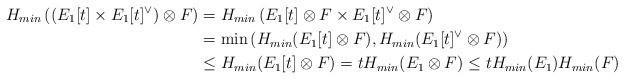
LaTeX: \begin{align*}H_{min}\left( (E_1[t]\times E_1[t]^{\vee})\otimes F \right) &=H_{min} \left( E_1[t] \otimes F \times E_1[t]^{\vee}\otimes F \right)\\&=\min \left( H_{min} (E_1[t] \otimes F), H_{min} (E_1[t]^{\vee}\otimes F)\right)\\& \leq H_{min} (E_1[t] \otimes F)= tH_{min} (E_1\otimes F) \leq t H_{min}(E_1)H_{min}(F)\end{align*}